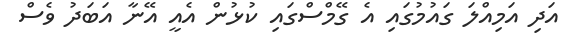
އަދި އަމިއްލަ ގައުމުގައި އެ ގޭމްސްގައި ކުޅުން އެއީ އޭނާ އަބަދު ވެސް